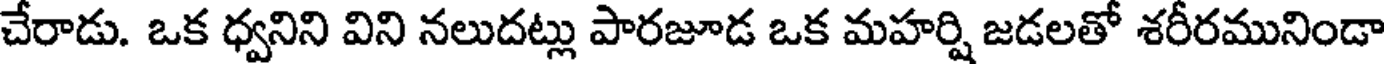
చేరాడు. ఒక ధ్వనిని విని నలుదట్లు పారజూడ ఒక మహర్షి జడలతో శరీరమునిండా